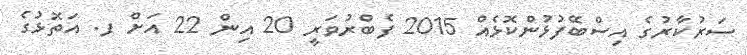
ސަރުކާރުގެ އިސްބޭފުޅުންކޮޅެއް 2015 ފެބްރުވަރީ 20 އިން 22 އަށް ފ. އަތޮޅުގެ